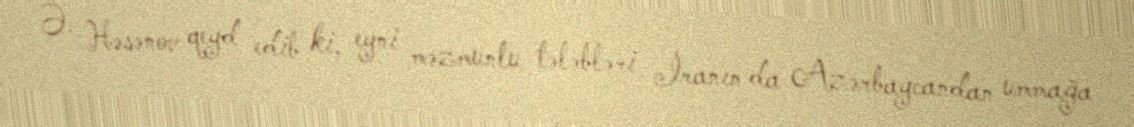
Ə. Həsənov qeyd edib ki, eyni məzmunlu tələbləri İranın da Azərbaycandan ummağa